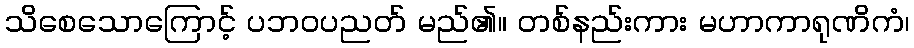
သိစေသောကြောင့် ပဘဝပညတ် မည်၏။ တစ်နည်းကား မဟာကာရုဏိကံ၊